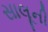
સાલૂની